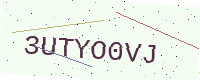
Text: 3UTYO0VJ